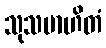
သုသမာဟိတံ